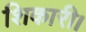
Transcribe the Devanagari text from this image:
शिकारी।